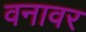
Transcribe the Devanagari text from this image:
वनावर